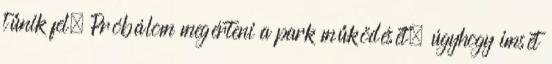
tűnik fel. Próbálom megérteni a park működését, úgyhogy imsét